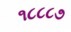
૧૮૮૮૭